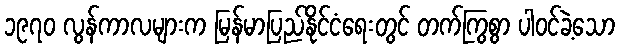
၁၉၇၀ လွန်ကာလများက မြန်မာပြည်နိုင်ငံရေးတွင် တက်ကြွစွာ ပါဝင်ခဲ့သော